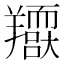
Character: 𦏥